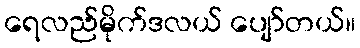
ရေလည်မိုက်ဒလယ် ပျော်တယ်။